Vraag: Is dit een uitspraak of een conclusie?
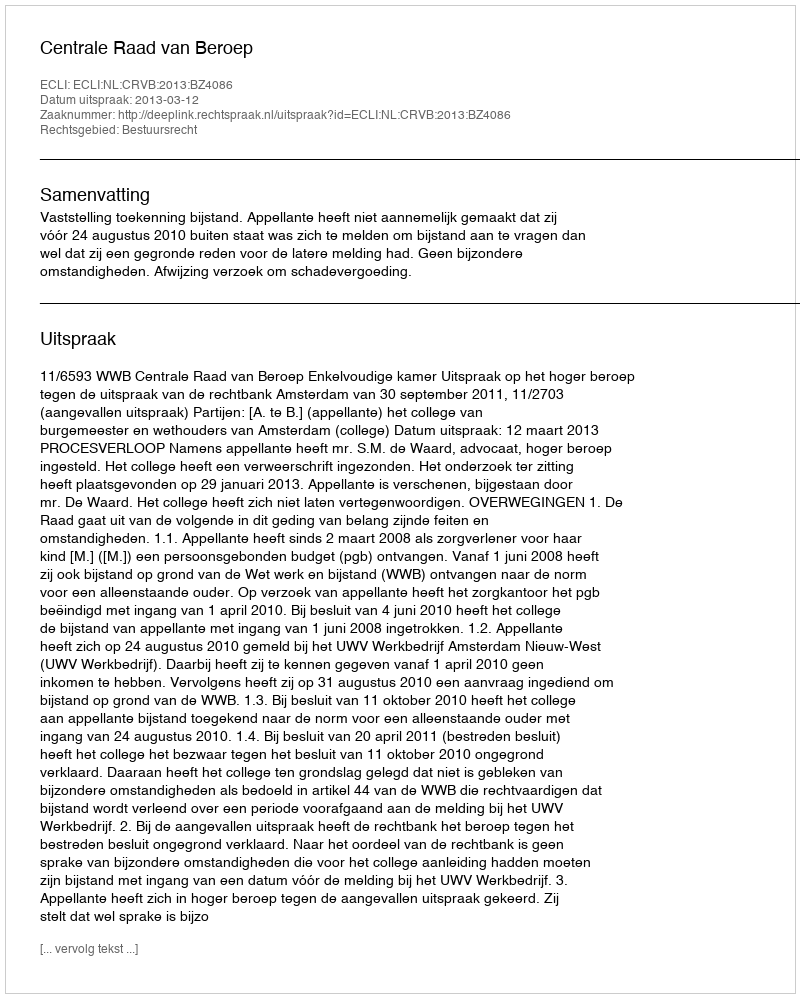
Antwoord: Uitspraak